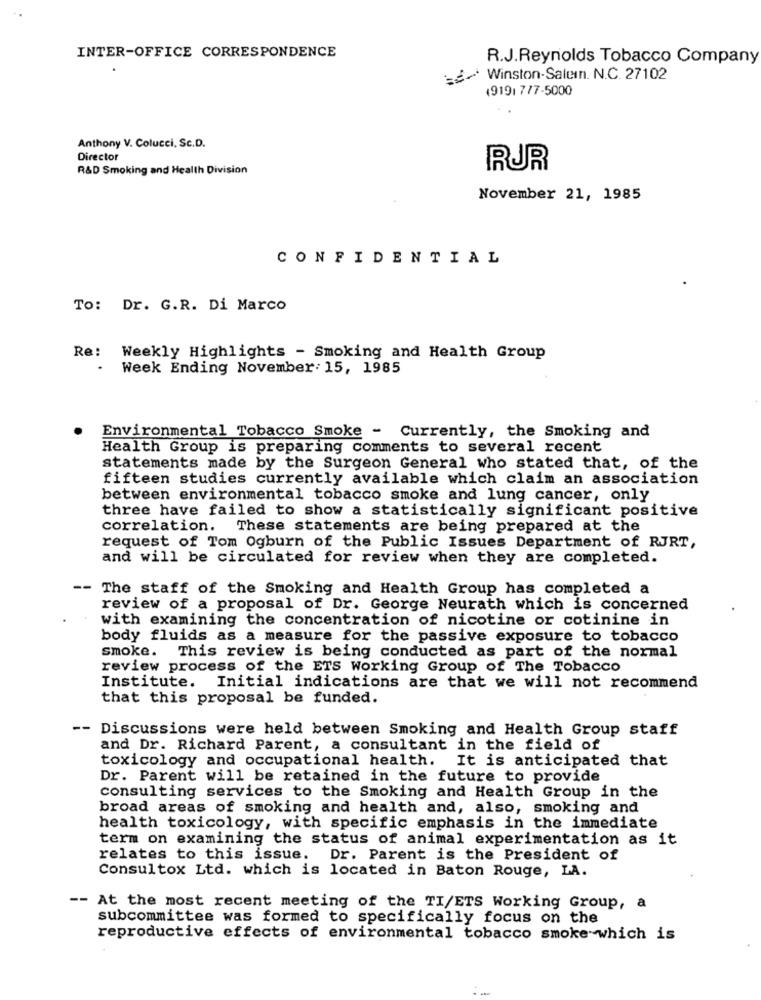
INTER-OFFICE CORRESPONDENCE
R.J.Reynolds Tobacco Company
-~ Winston-Salemn. N.C. 27102
19191 777-5000
Anthony V. Colucci, Sc.D.
Director
R&D Smoking and Health Division
RJR
November 21, 1985
CONFIDENTIAL
To: Dr. G.R. Di Marco
Re: Weekly Highlights - Smoking and Health Group
.
Week Ending November: 15, 1985
Environmental Tobacco Smoke - Currently, the Smoking and
Health Group is preparing comments to several recent
statements made by the Surgeon General who stated that, of the
fifteen studies currently available which claim an association
between environmental tobacco smoke and lung cancer, only
three have failed to show a statistically significant positive
correlation. These statements are being prepared at the
request of Tom Ogburn of the Public Issues Department of RJRT,
and will be circulated for review when they are completed.
-- The staff of the Smoking and Health Group has completed a
review of a proposal of Dr. George Neurath which is concerned
with examining the concentration of nicotine or cotinine in
body fluids as a measure for the passive exposure to tobacco
smoke. This review is being conducted as part of the normal
review process of the ETS Working Group of The Tobacco
Institute. Initial indications are that we will not recommend
that this proposal be funded.
-- Discussions were held between Smoking and Health Group staff
and Dr. Richard Parent, a consultant in the field of
toxicology and occupational health.
It is anticipated that
Dr. Parent will be retained in the future to provide
consulting services to the Smoking and Health Group in the
broad areas of smoking and health and, also, smoking and
health toxicology, with specific emphasis in the immediate
term on examining the status of animal experimentation as it
relates to this issue.
Dr. Parent is the President of
Consultox Ltd. which is located in Baton Rouge, LA.
-- At the most recent meeting of the TI/ETS Working Group, a
subcommittee was formed to specifically focus on the
reproductive effects of environmental tobacco smoke which is